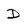
Character: D